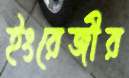
ইংরেজীর